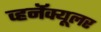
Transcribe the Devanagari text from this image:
व्हर्नॅक्यूलर